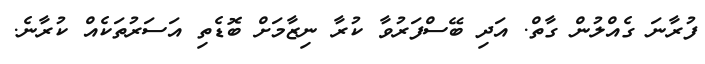
ފުރާނަ ގެއްލުން ގާތް. އަދި ބޭސްފަރުވާ ކުރާ ނިޒާމަށް ބޮޑެތި އަސަރުތަކެއް ކުރާނެ.